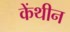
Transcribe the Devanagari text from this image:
केंथीन